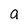
Character: 9